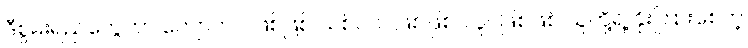
ဒီစွမ်းရည်တွေဟာ ကျောက်ပဲ ဖြစ်ဖြစ် သစ်ပင်ပဲဖြစ်ဖြစ်၊ လူပဲဖြစ်ဖြစ် သူတို့ရဲ့ နိုးကြားစေတဲ့